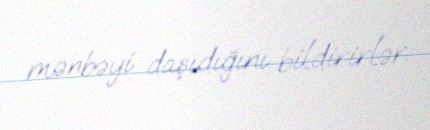
mənbəyi daşıdığını bildirirlər.